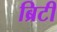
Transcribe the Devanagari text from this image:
ब्रिटी